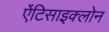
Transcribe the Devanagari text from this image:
ऐंटिसाइक्लोन